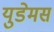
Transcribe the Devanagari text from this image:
युडेमस